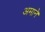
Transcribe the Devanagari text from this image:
अमाने